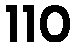
110